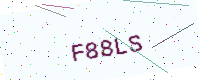
Text: F88LS